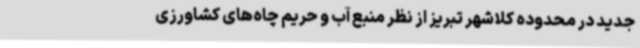
جدید در محدوده کلاشهر تبریز از نظر منبع آب و حریم چاه‌های کشاورزی